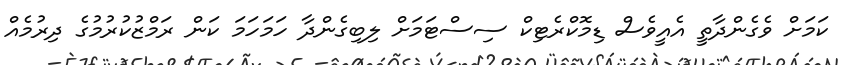
ކަމަށް ވެގެންދާތީ އެއީވެސް ޑިމޮކްރެޓިކް ސިސްޓަމަށް ލިބިގެންދާ ހަމަހަމަ ކަން ރަމްޒުކުރުމުގެ ދިރުމެއް